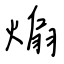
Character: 煽